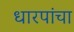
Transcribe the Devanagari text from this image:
धारपांचा